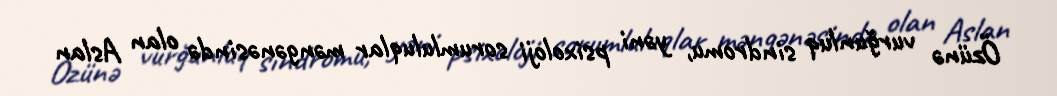
Özünə vurğunluq sindromu, yəni psixoloji sorumluluqlar məngənəsində olan Aslan